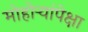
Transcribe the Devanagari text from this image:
मोहोऱ्यांपेक्षा